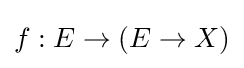
f:E\to (E\to X)